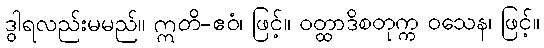
ဒွါရလည်းမမည်။ ဣတိ-ဧဝံ၊ ဖြင့်။ ဝတ္ထာဒိစတုက္က ဝသေန၊ ဖြင့်။